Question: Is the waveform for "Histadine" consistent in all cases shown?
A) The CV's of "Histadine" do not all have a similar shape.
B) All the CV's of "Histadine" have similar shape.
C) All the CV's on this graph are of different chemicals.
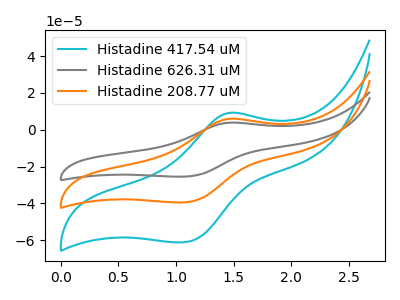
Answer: <think>The cyan curve "Histadine 417.54 uM" has an anodic peak at (1.45V, 9.10uA) and a cathodic peak at (1.05V, -61.20uA). The gray curve "Histadine 626.31 uM" has an anodic peak at (1.45V, 11.75uA) and a cathodic peak at (1.05V, -79.05uA). The orange curve "Histadine 208.77 uM" has an anodic peak at (1.45V, 5.85uA) and a cathodic peak at (1.05V, -39.50uA).
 All the peaks in "Histadine 417.54 uM" have a peak in "Histadine 626.31 uM" at the same potential. Every peak in "Histadine 417.54 uM" is lower than every peak in "Histadine 626.31 uM". All the peaks in "Histadine 417.54 uM" have a peak in "Histadine 208.77 uM" at the same potential. Every peak in "Histadine 417.54 uM" is higher than every peak in "Histadine 208.77 uM". All the peaks in "Histadine 626.31 uM" have a peak in "Histadine 208.77 uM" at the same potential. Every peak in "Histadine 626.31 uM" is higher than every peak in "Histadine 208.77 uM".</think>
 <answer>B) All the CV's of "Histadine" have similar shape.</answer>
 <eval>B</eval>